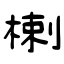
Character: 楋